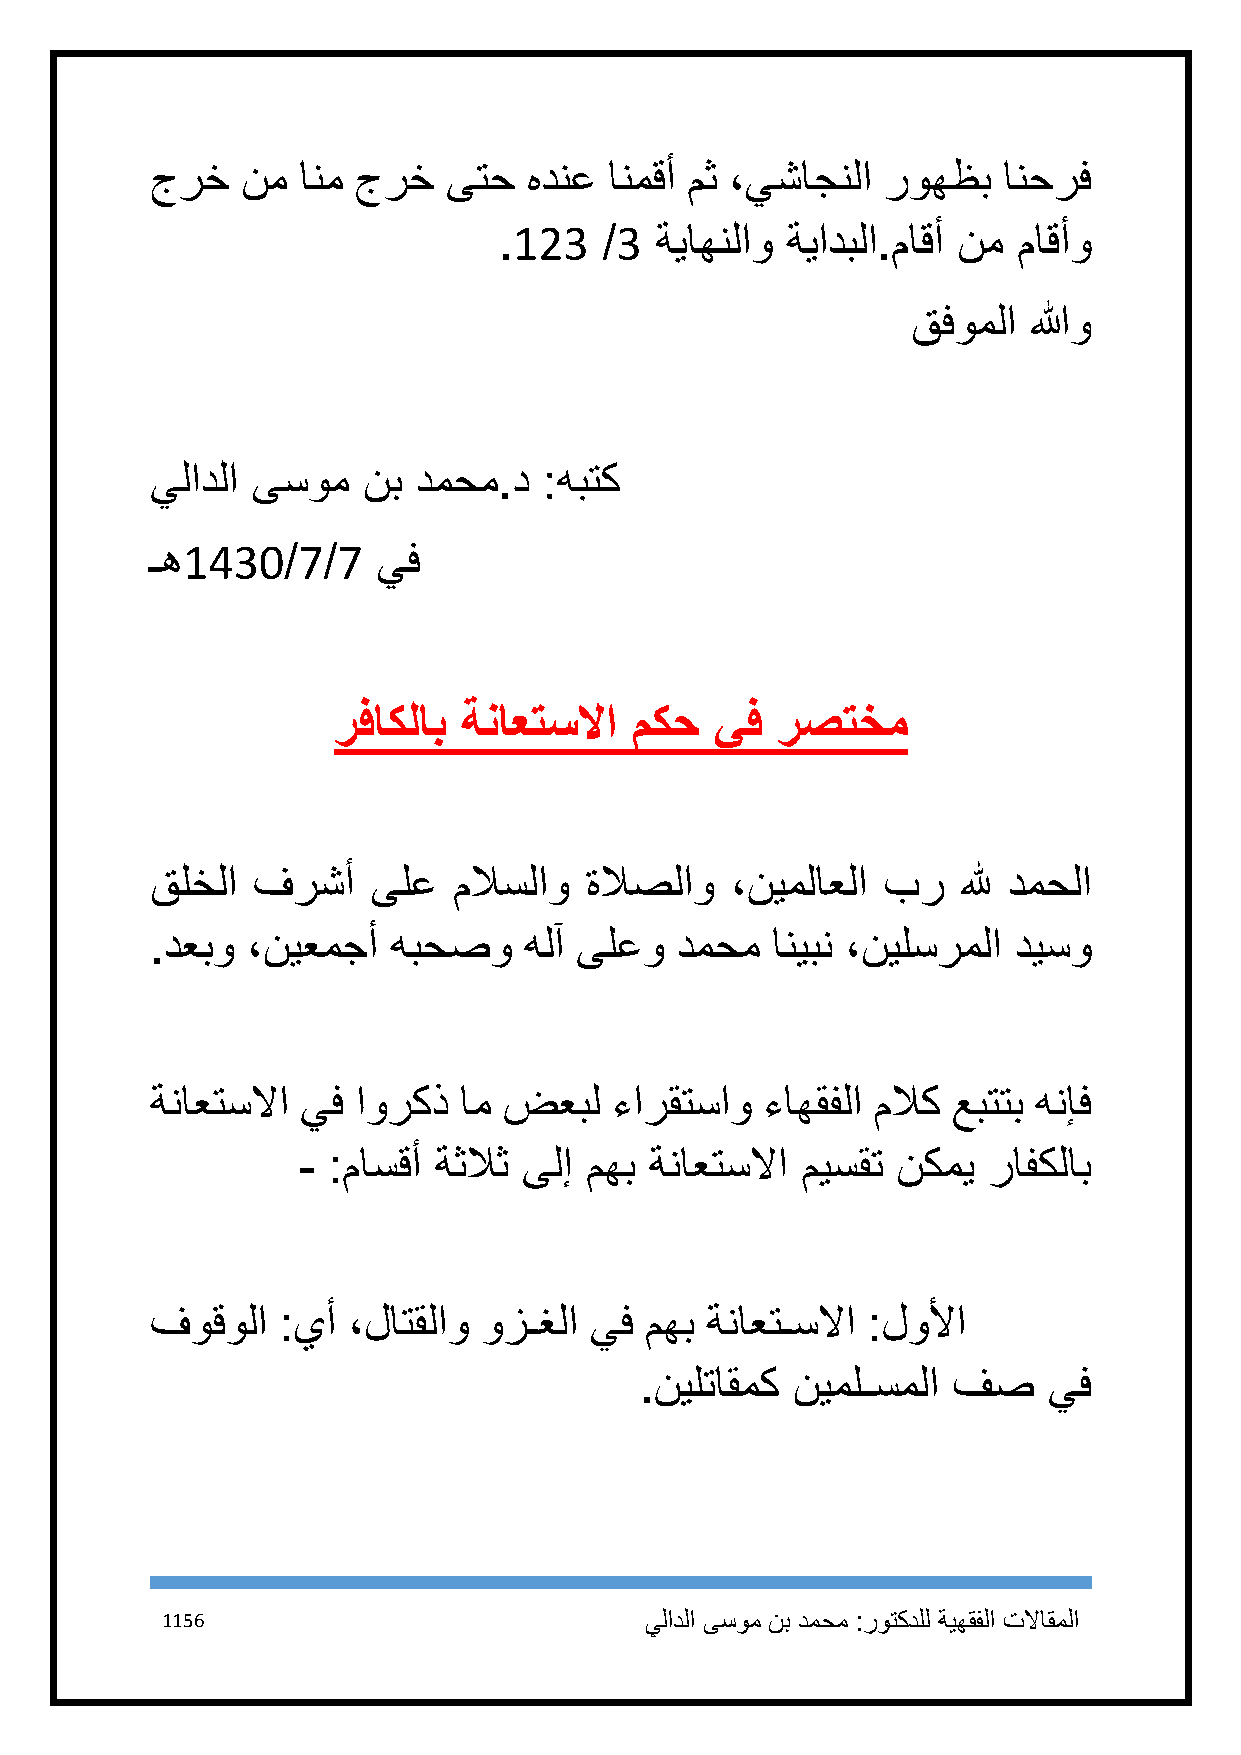
جرخ   نم  انم جرخ   ىتح  هدنع انمقأ مث ،يشاجنلا روهظب   انحرف
 .123   /3 ةياهنلاو ةيادبلا.ماقأ نم ماقأو
 قفوملا  اللهو
 يلادلا ىسوم   نب دمحم.د   :هبتك
 ـه1431/7/7     يف
 رفاكلاب  ةناعتسلاا  مكح  يف  رصتخم
 قلخلا  فرشأ    ىلع  ملاسلاو  ةلاصلاو  ،نيملاعلا بر    لله دمحلا
 .دعبو ،نيعمجأ   هبحصو    هلآ ىلعو  دمحم  انيبن ،نيلسرملا ديسو
 ةناعتسلاا يف  اوركذ ام ضعبل   ءارقتساو  ءاهقفلا ملاك عبتتب هنإف
 - :ماسقأ ةثلاث ىلإ مهب ةناعتسلاا ميسقت نكمي  رافكلاب
 فوقولا  :يأ  ،لاتقلاو وزـغلا يف  مهب ةناعتـسلاا :لولأا
 .نيلتاقمك نيملـسملا  فص    يف
 1156                            يلادلا ىسوم نب دمحم :روتكدلل ةيهقفلا تلااقملا